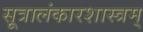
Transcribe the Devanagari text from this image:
सूत्रालंकारशास्त्रम्